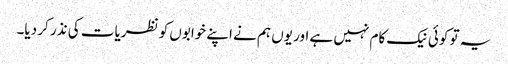
یہ تو کوئی نیک کام نہیں ہے اور یوں ہم نے اپنے خوابوں کو نظریات کی نذر کر دیا۔